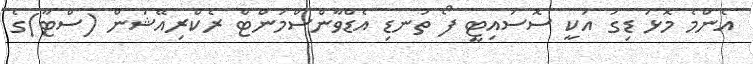
އެންމެ މޮޅު ޑިގަ އަކީ ސޮސައިޓީ ފޯ ތުނޑި އެޑްވާންސްމަންޓް ރެކްރިއޭޝަން (ސްޓާ)ގެ